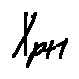
X _ { p + 1 }